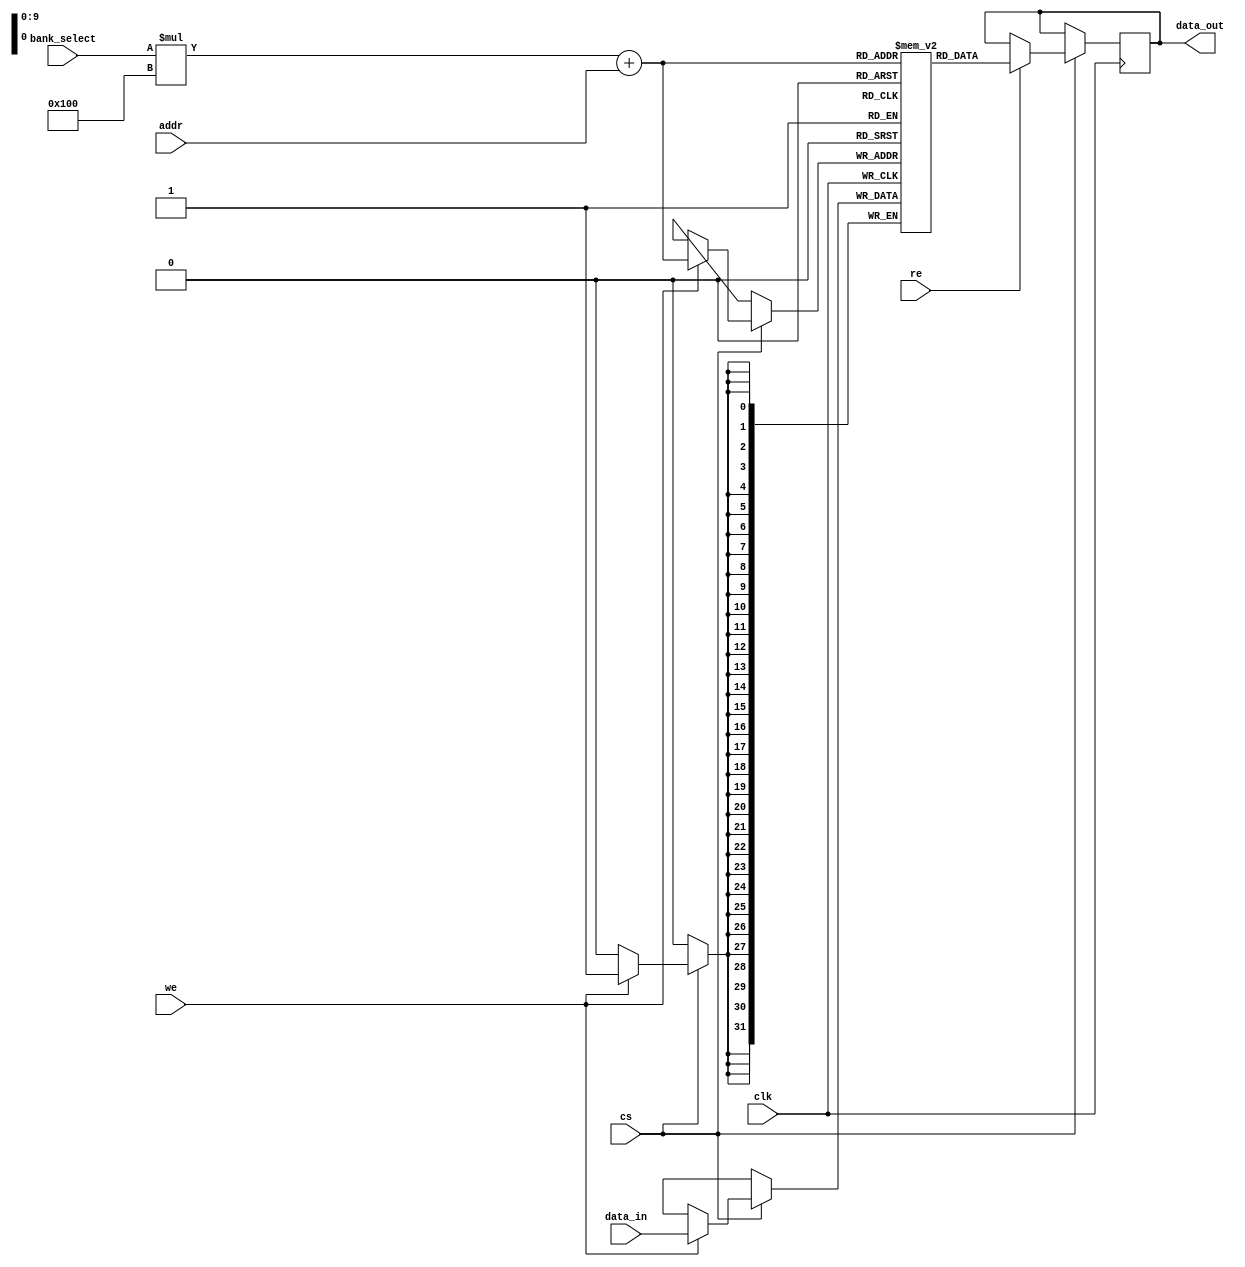
module multibank_sram #(
    parameter BANKS = 4,         // Number of banks
    parameter ADDR_WIDTH = 8,    // Address width per bank
    parameter DATA_WIDTH = 32     // Data width
)(
    input wire clk,               // Clock signal
    input wire cs,                // Chip Select
    input wire re,                // Read Enable
    input wire we,                // Write Enable
    input wire [BANKS-1:0] bank_select, // Bank select signal
    input wire [ADDR_WIDTH-1:0] addr, // Address within the selected bank
    input wire [DATA_WIDTH-1:0] data_in, // Data input for write operations
    output reg [DATA_WIDTH-1:0] data_out // Data output for read operations
);

    // Memory array declaration
    reg [DATA_WIDTH-1:0] memory [0:BANKS-1][0:(1 << ADDR_WIDTH)-1]; // Multibank memory

    // Read and Write operations
    always @(posedge clk) begin
        if (cs) begin
            if (we) begin
                // Write operation
                memory[bank_select][addr] <= data_in;
            end
            if (re) begin
                // Read operation
                data_out <= memory[bank_select][addr];
            end
        end
    end

endmodule